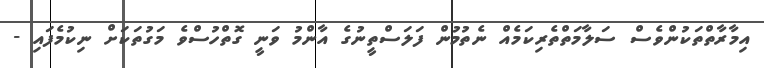
އިމާރާތްތަކުންވެސް ސަލާމަތްތެރިކަމެއް ނެތުމުން ފަލަސްތީނުގެ އާންމު ވަނީ ގޮތްހުސްވެ މަގުތަކަށް ނިކުމެފައި -